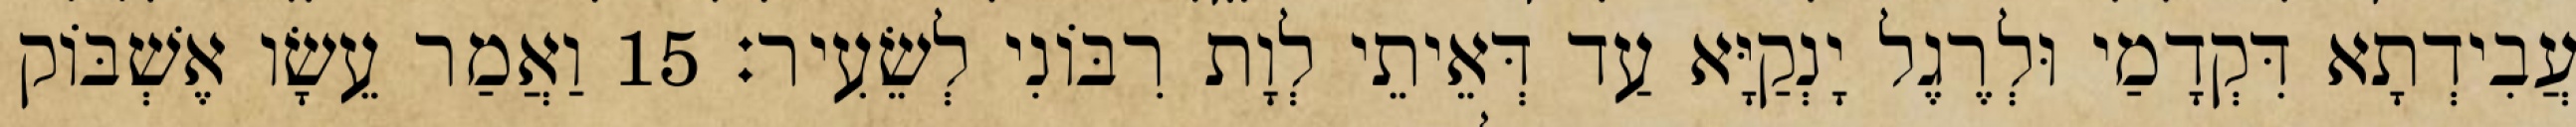
עֲבִידְתָא דִּקְדָמַי וּלְרֶגֶל יָנְקַיָּא עַד דְּאֵיתֵי לְוָת רִבּוֹנִי לְשֵׂעִיר׃ 15 וַאֲמַר עֵשָׂו אֶשְׁבּוֹק